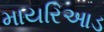
માયરિઆડ